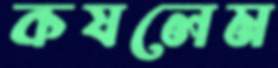
কষলেম